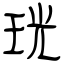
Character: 珖